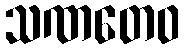
သဏတေဝ